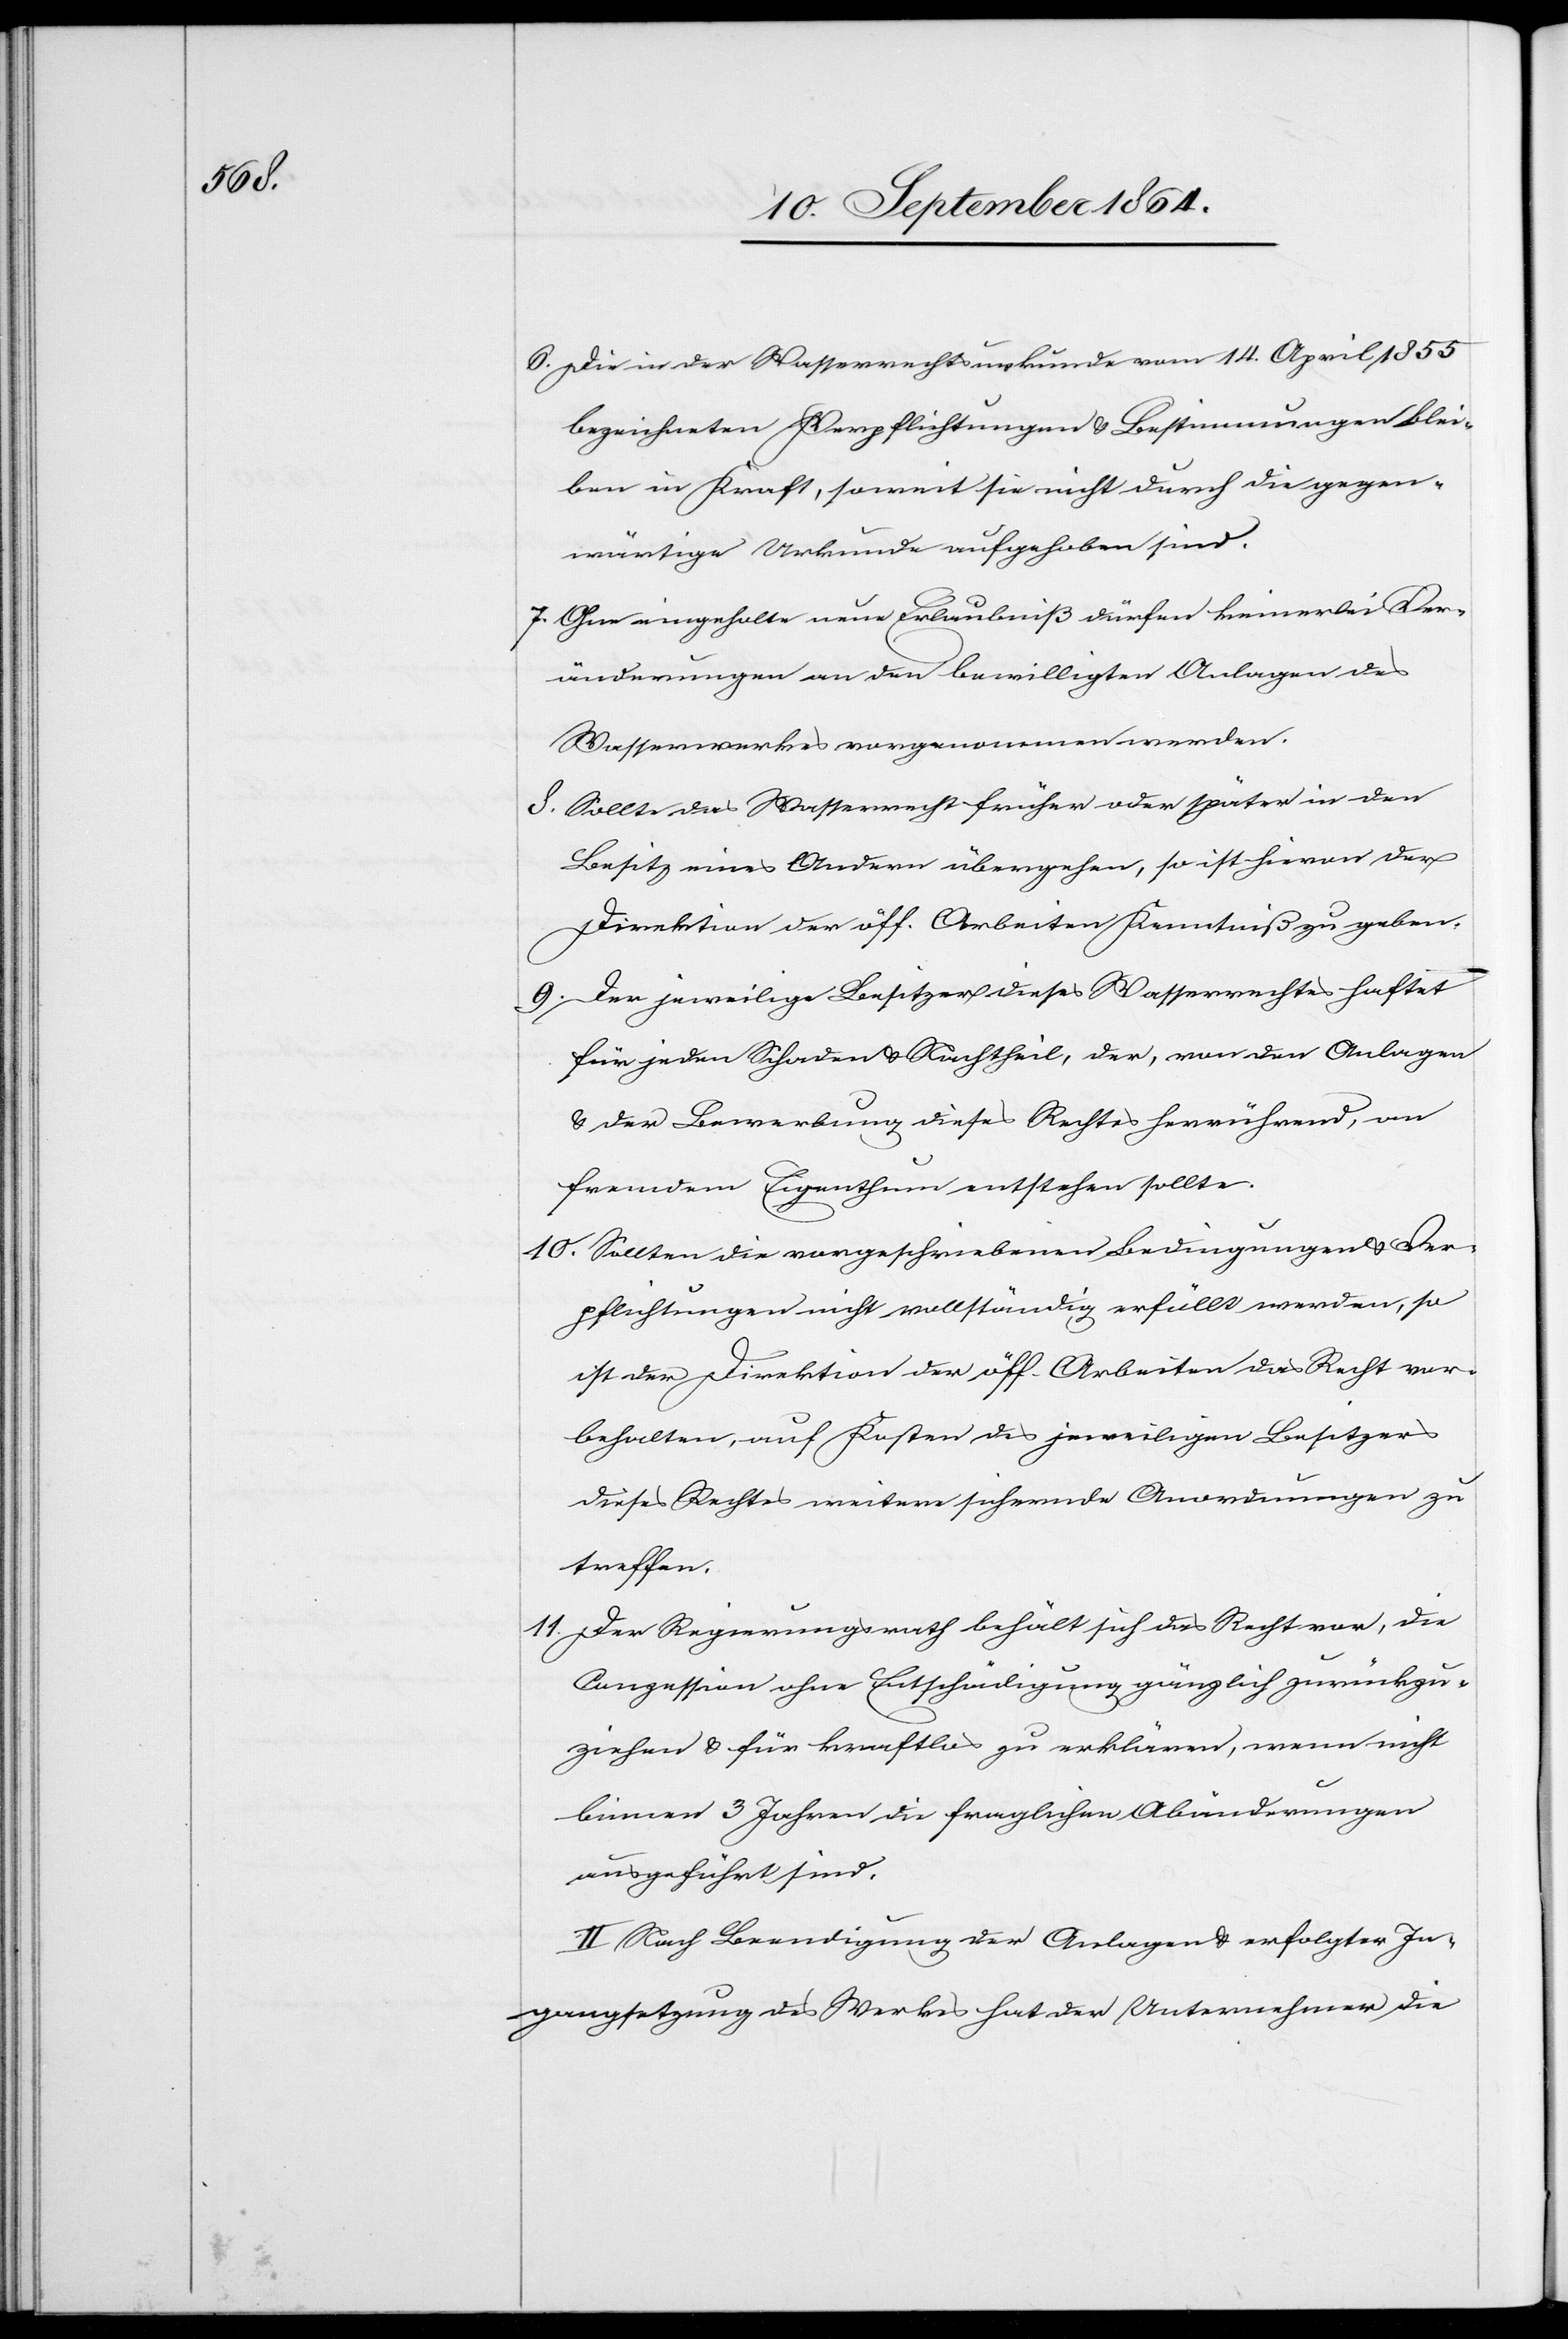
6.	Die in der Wasserrechtsurkunde vom 14. April 1855
bezeichneten Verpflichtungen & Bestimmungen blei¬
ben in Kraft, soweit sie nicht durch die gegen¬
wärtige Urkunde aufgehoben sind.
7.	Ohne eingeholte neue Erlaubniß dürfen keinerlei Ver¬
änderungen an den bewilligten Anlagen des
Wasserwerkes vorgenommen werden.
8.	Sollte das Wasserrecht früher oder später in den
Besitz eines Andren übergehen, so ist hievon der
Direktion der öff. Arbeiten Kenntniß zu geben.
9.	Der jeweilige Besitzer dieses Wasserrechtes haftet
für jeden Schaden & Nachtheil, der, von den Anlagen
& der Bewerbung dieses Rechtes herrührend, an
fremdem Eigenthum entstehen sollte.
10.	Sollten die vorgeschriebenen Bedingungen & Ver¬
pflichtungen nicht vollständig erfüllt werden, so
ist der Direktion der öff. Arbeiten das Recht vor¬
behalten, auf Kosten des jeweiligen Besitzers
dieses Rechtes weitere sichernde Anordnungen zu
treffen.
11.	Der Regierungsrath behält sich das Recht vor, die
Conzession ohne Entschädigung gänzlich zurückzu¬
ziehen & für kraftlos zu erklären, wenn nicht
binnen 3 Jahren die fraglichen Abänderungen
ausgeführt sind.
II. Nach Beendigung der Anlagen & erfolgter In¬
gangsetzung des Werkes hat der Unternehmer die